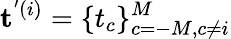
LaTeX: \mathbf{t}^{'(i)}=\{ t_{c}\} _{c=-M,c\neq i}^{M}